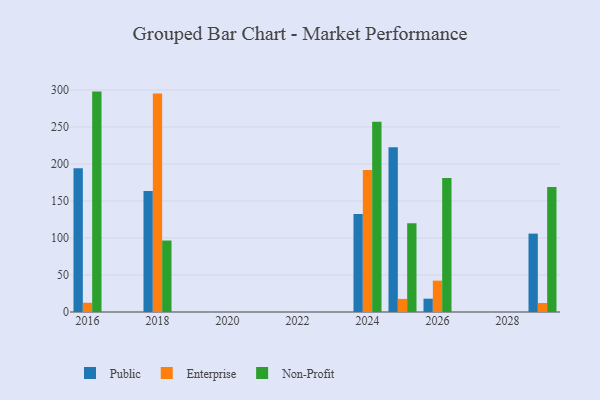
{"axis": {"x": "Year", "y": "Page Views"}, "legend": ["Enterprise", "Non-Profit", "Public"], "data": [{"x": "2026", "y": 18.0, "type": "Public"}, {"x": "2026", "y": 42.4, "type": "Enterprise"}, {"x": "2026", "y": 181.2, "type": "Non-Profit"}, {"x": "2024", "y": 132.4, "type": "Public"}, {"x": "2024", "y": 191.7, "type": "Enterprise"}, {"x": "2024", "y": 256.9, "type": "Non-Profit"}, {"x": "2018", "y": 163.4, "type": "Public"}, {"x": "2018", "y": 295.2, "type": "Enterprise"}, {"x": "2018", "y": 96.6, "type": "Non-Profit"}, {"x": "2029", "y": 105.9, "type": "Public"}, {"x": "2029", "y": 12.2, "type": "Enterprise"}, {"x": "2029", "y": 168.8, "type": "Non-Profit"}, {"x": "2025", "y": 222.5, "type": "Public"}, {"x": "2025", "y": 17.7, "type": "Enterprise"}, {"x": "2025", "y": 120.0, "type": "Non-Profit"}, {"x": "2016", "y": 194.2, "type": "Public"}, {"x": "2016", "y": 12.5, "type": "Enterprise"}, {"x": "2016", "y": 297.8, "type": "Non-Profit"}]}